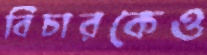
বিচারকেও